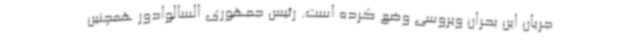
جریان این بحران ویروسی وضع کرده است. رئیس جمهوری السالوادور همچنین